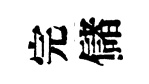
完儲